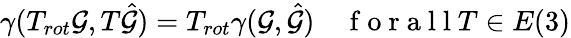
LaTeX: \gamma(T_{rot}\mathcal{G},T\hat{\mathcal{G}})=T_{rot}\gamma(\mathcal{G},\hat{\mathcal{G}})\quad\mathrm{~f~o~r~a~l~l~}T\in E(3)